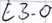
Text: E3.0